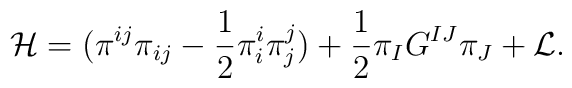
{\cal{H}}= (\pi^{ij} \pi_{ij} - \frac{1}{2} \pi^{i}_{i} \pi^{j}_{j})+\frac{1}{2} \pi_{I} G^{IJ}\pi_{J} + {\cal{L}}.